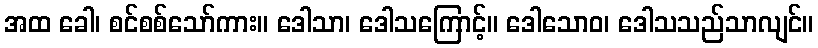
အထ ခေါ၊ စင်စစ်သော်ကား။ ဒေါသာ၊ ဒေါသကြောင့်။ ဒေါသောဝ၊ ဒေါသသည်သာလျင်။